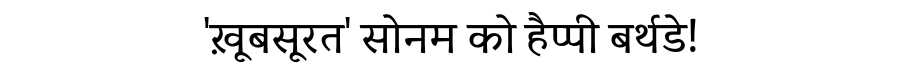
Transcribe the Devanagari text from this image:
'ख़ूबसूरत' सोनम को हैप्पी बर्थडे!